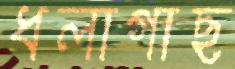
ধলাগাছ